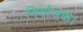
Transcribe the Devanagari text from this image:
नियोजक।